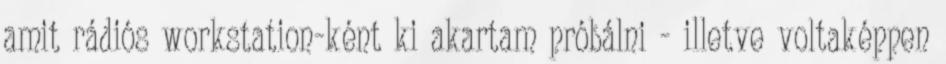
amit rádiós workstation-ként ki akartam próbálni - illetve voltaképpen